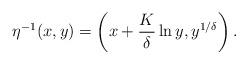
LaTeX: \begin{align*} \eta^{-1}(x,y)=\left(x+\frac{K}{\delta} \ln y , y^{1/\delta} \right). \end{align*}